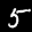
Label: 5